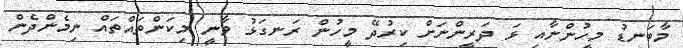
މާބަނޑު މީހުންނާއި ޅަ ދަރީންނަށް ކިރުދޭ މީހުން ރަނގަޅު ވާނީ މިކަންތައްތައް ނިމެންދެން